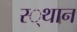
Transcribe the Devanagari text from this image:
स्‍्थान